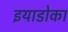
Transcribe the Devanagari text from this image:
इयाडोका